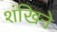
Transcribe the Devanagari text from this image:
शंखिने